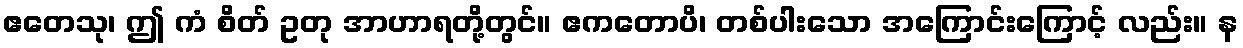
ဧတေသု၊ ဤ ကံ စိတ် ဥတု အာဟာရတို့တွင်။ ဧကတောပိ၊ တစ်ပါးသော အကြောင်းကြောင့် လည်း။ န